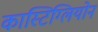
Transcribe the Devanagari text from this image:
कास्टिग्लियोन